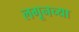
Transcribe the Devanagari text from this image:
लगूनच्या